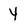
Character: y